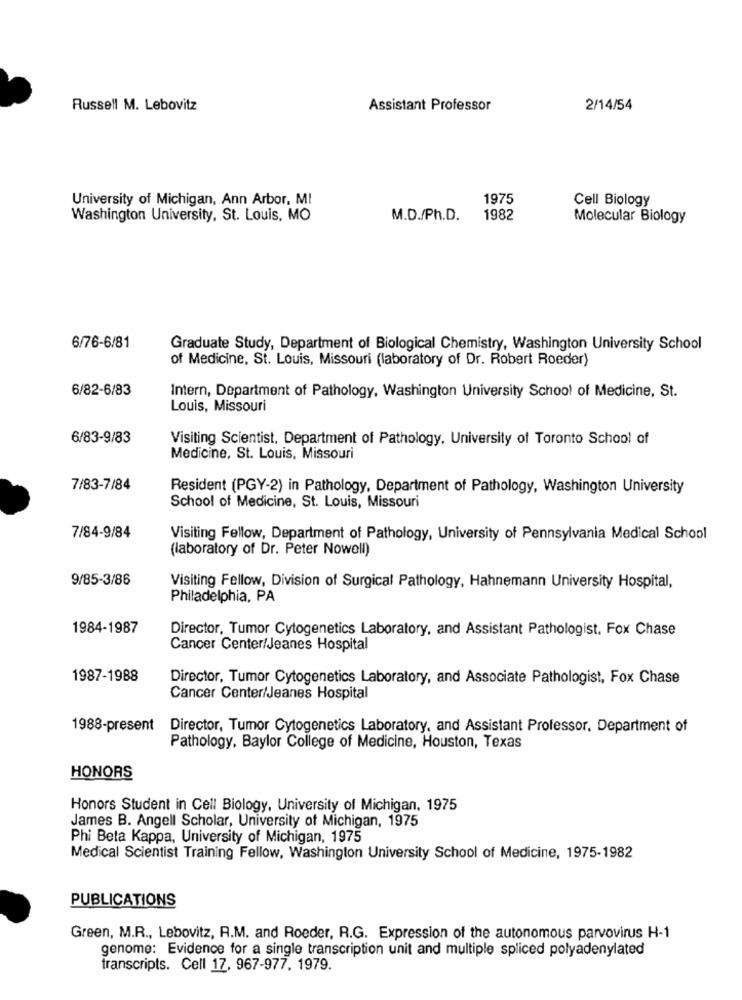
Russell M. Lebovitz
Assistant Professor
2/14/54
University of Michigan, Ann Arbor, MI
1975
Cell Biology
Washington University, St. Louis, MO
M.D./Ph.D.
1982
Molecular Biology
6/76-6/81
Graduate Study, Department of Biological Chemistry, Washington University School
of Medicine, St. Louis, Missouri (laboratory of Dr. Robert Roeder)
6/82-6/83
Intern, Department of Pathology, Washington University School of Medicine, St.
Louis, Missouri
6/83-9/83
Visiting Scientist, Department of Pathology, University of Toronto School of
Medicine, St. Louis, Missouri
7/83-7/84
Resident (PGY-2) in Pathology, Department of Pathology, Washington University
School of Medicine, St. Louis, Missouri
7/84-9/84
Visiting Fellow, Department of Pathology, University of Pennsylvania Medical School
(laboratory of Dr. Peter Nowell)
9/85-3/86
Visiting Fellow, Division of Surgical Pathology, Hahnemann University Hospital,
Philadelphia, PA
1984-1987
Director, Tumor Cytogenetics Laboratory, and Assistant Pathologist. Fox Chase
Cancer Center/Jeanes Hospital
1987-1988
Director, Tumor Cytogenetics Laboratory, and Associate Pathologist, Fox Chase
Cancer Center/Jeanes Hospital
1988-present
Director, Tumor Cytogenetics Laboratory, and Assistant Professor, Department of
Pathology, Baylor College of Medicine, Houston, Texas
HONORS
Honors Student in Cell Biology, University of Michigan, 1975
James B. Angell Scholar, University of Michigan, 1975
Phi Beta Kappa, University of Michigan, 1975
Medical Scientist Training Fellow, Washington University School of Medicine, 1975-1982
PUBLICATIONS
Green, M.R ., Lebovitz, R.M. and Roeder, R.G. Expression of the autonomous parvovirus H-1
genome: Evidence for a single transcription unit and multiple spliced polyadenylated
transcripts. Cell 17, 967-977, 1979.